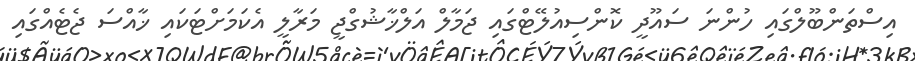
އިސްތަންބޫލްގައި ހުންނަ ސައޫދީ ކޮންސިއުލޭޓްގައި ޖަމާލް އަލްޚާޝުގްޖީ މަރާލީ އެކަމަށްޓަކައި ޚާއްސަ ޖެޓެއްގައި